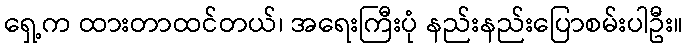
ရှေ့က ထားတာထင်တယ်၊ အရေးကြီးပုံ နည်းနည်းပြောစမ်းပါဦး။